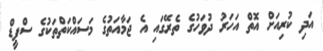
އަދި ކުރިއަށް އޮތް އަހަރު ދުވަހުގެ ތެރޭގައި އެ ޖަމާއަތުގެ މަސައްކަތްތަކުގެ ސްޕީޑް